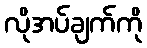
လိုအပ်ချက်ကို